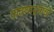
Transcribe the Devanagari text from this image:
पावणाऱ्यांची